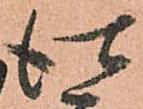
仕